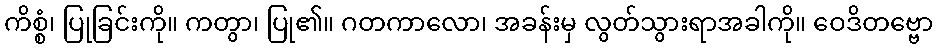
ကိစ္စံ၊ ပြုခြင်းကို။ ကတွာ၊ ပြု၏။ ဂတကာလော၊ အခန်းမှ လွတ်သွားရာအခါကို။ ဝေဒိတဗ္ဗော